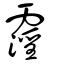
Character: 霪